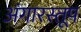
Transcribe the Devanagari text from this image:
अंगारस्तूप